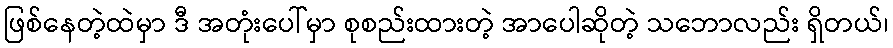
ဖြစ်နေတဲ့ထဲမှာ ဒီ အတုံးပေါ်မှာ စုစည်းထားတဲ့ အာပေါဆိုတဲ့ သဘောလည်း ရှိတယ်၊